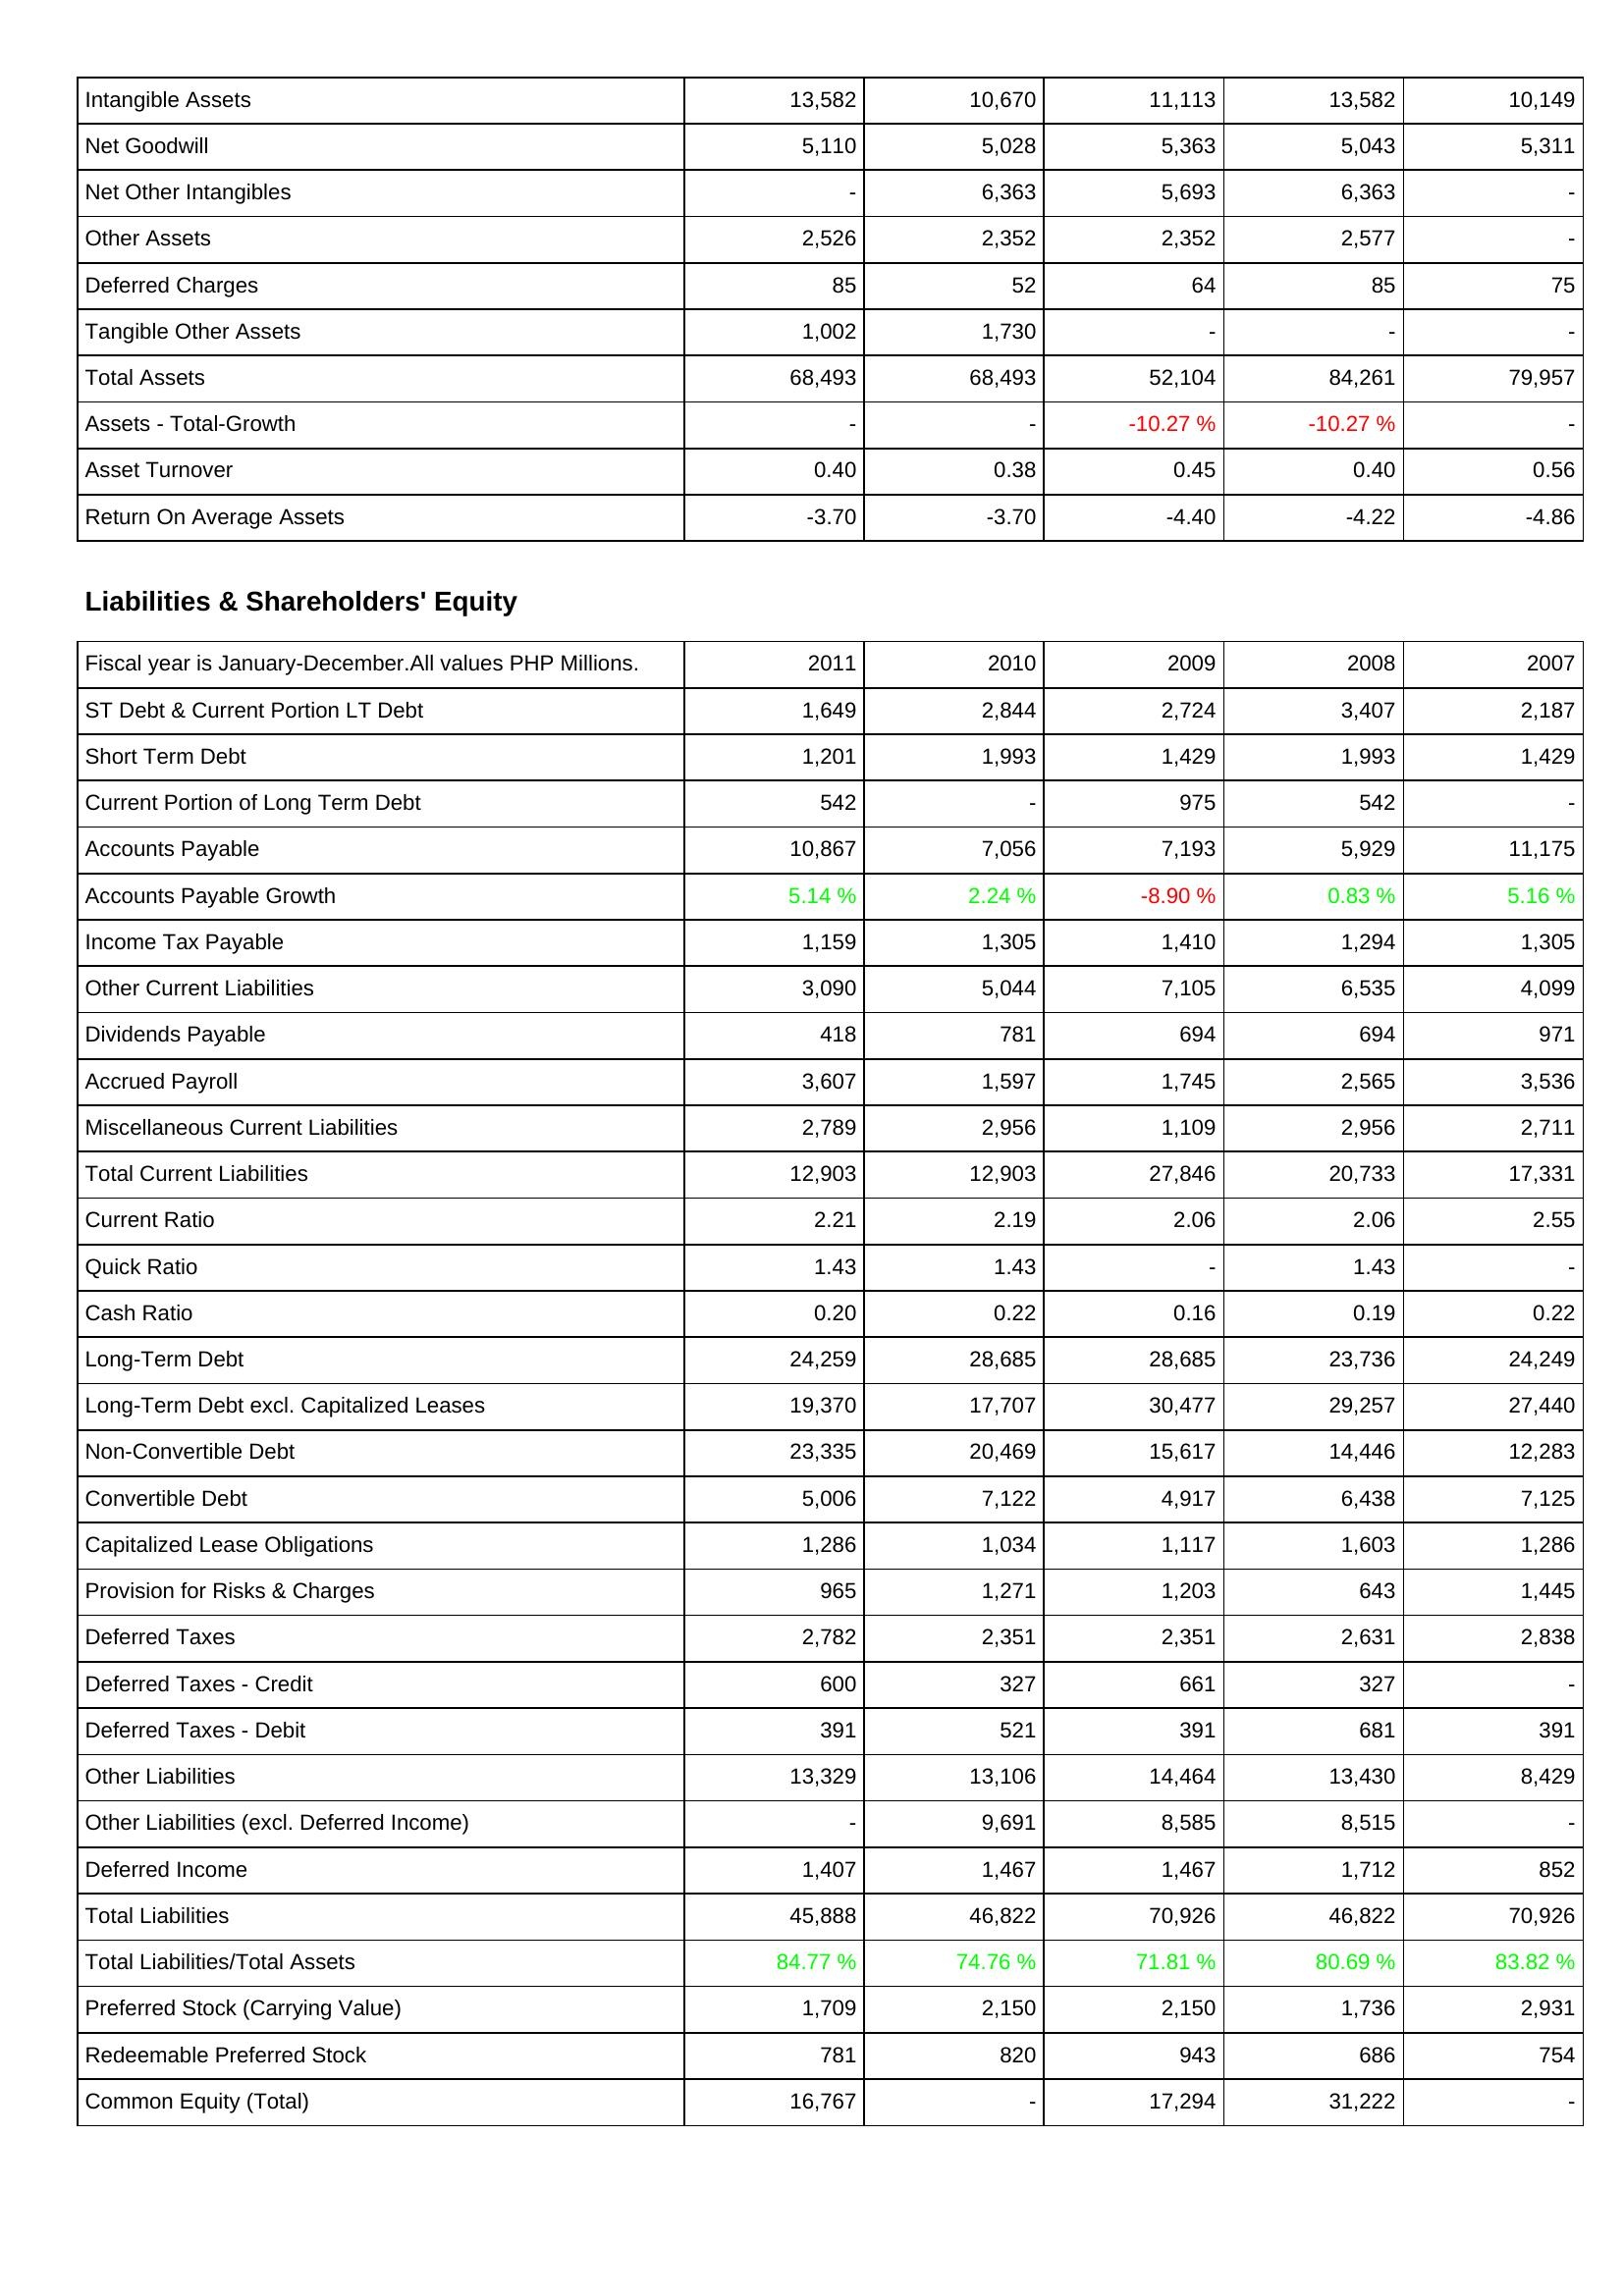
2011: Assets: Intangible Assets: 13,582
Net Goodwill: 5,110
Net Other Intangibles: -
Other Assets: 2,526
Deferred Charges: 85
Tangible Other Assets: 1,002
Total Assets: 68,493
Assets - Total-Growth: -
Asset Turnover: 0.40
Return On Average Assets: -3.70
Liabilities & Shareholders' Equity: ST Debt & Current Portion LT Debt: 1,649
Short Term Debt: 1,201
Current Portion of Long Term Debt: 542
Accounts Payable: 10,867
Accounts Payable Growth: 5.14 %
Income Tax Payable: 1,159
Other Current Liabilities: 3,090
Dividends Payable: 418
Accrued Payroll: 3,607
Miscellaneous Current Liabilities: 2,789
Total Current Liabilities: 12,903
Current Ratio: 2.21
Quick Ratio: 1.43
Cash Ratio: 0.20
Long-Term Debt: 24,259
Long-Term Debt excl. Capitalized Leases: 19,370
Non-Convertible Debt: 23,335
Convertible Debt: 5,006
Capitalized Lease Obligations: 1,286
Provision for Risks & Charges: 965
Deferred Taxes: 2,782
Deferred Taxes - Credit: 600
Deferred Taxes - Debit: 391
Other Liabilities: 13,329
Other Liabilities (excl. Deferred Income): -
Deferred Income: 1,407
Total Liabilities: 45,888
Total Liabilities/Total Assets: 84.77 %
Preferred Stock (Carrying Value): 1,709
Redeemable Preferred Stock: 781
Common Equity (Total): 16,767
2010: Assets: Intangible Assets: 10,670
Net Goodwill: 5,028
Net Other Intangibles: 6,363
Other Assets: 2,352
Deferred Charges: 52
Tangible Other Assets: 1,730
Total Assets: 68,493
Assets - Total-Growth: -
Asset Turnover: 0.38
Return On Average Assets: -3.70
Liabilities & Shareholders' Equity: ST Debt & Current Portion LT Debt: 2,844
Short Term Debt: 1,993
Current Portion of Long Term Debt: -
Accounts Payable: 7,056
Accounts Payable Growth: 2.24 %
Income Tax Payable: 1,305
Other Current Liabilities: 5,044
Dividends Payable: 781
Accrued Payroll: 1,597
Miscellaneous Current Liabilities: 2,956
Total Current Liabilities: 12,903
Current Ratio: 2.19
Quick Ratio: 1.43
Cash Ratio: 0.22
Long-Term Debt: 28,685
Long-Term Debt excl. Capitalized Leases: 17,707
Non-Convertible Debt: 20,469
Convertible Debt: 7,122
Capitalized Lease Obligations: 1,034
Provision for Risks & Charges: 1,271
Deferred Taxes: 2,351
Deferred Taxes - Credit: 327
Deferred Taxes - Debit: 521
Other Liabilities: 13,106
Other Liabilities (excl. Deferred Income): 9,691
Deferred Income: 1,467
Total Liabilities: 46,822
Total Liabilities/Total Assets: 74.76 %
Preferred Stock (Carrying Value): 2,150
Redeemable Preferred Stock: 820
Common Equity (Total): -
2009: Assets: Intangible Assets: 11,113
Net Goodwill: 5,363
Net Other Intangibles: 5,693
Other Assets: 2,352
Deferred Charges: 64
Tangible Other Assets: -
Total Assets: 52,104
Assets - Total-Growth: -10.27 %
Asset Turnover: 0.45
Return On Average Assets: -4.40
Liabilities & Shareholders' Equity: ST Debt & Current Portion LT Debt: 2,724
Short Term Debt: 1,429
Current Portion of Long Term Debt: 975
Accounts Payable: 7,193
Accounts Payable Growth: -8.90 %
Income Tax Payable: 1,410
Other Current Liabilities: 7,105
Dividends Payable: 694
Accrued Payroll: 1,745
Miscellaneous Current Liabilities: 1,109
Total Current Liabilities: 27,846
Current Ratio: 2.06
Quick Ratio: -
Cash Ratio: 0.16
Long-Term Debt: 28,685
Long-Term Debt excl. Capitalized Leases: 30,477
Non-Convertible Debt: 15,617
Convertible Debt: 4,917
Capitalized Lease Obligations: 1,117
Provision for Risks & Charges: 1,203
Deferred Taxes: 2,351
Deferred Taxes - Credit: 661
Deferred Taxes - Debit: 391
Other Liabilities: 14,464
Other Liabilities (excl. Deferred Income): 8,585
Deferred Income: 1,467
Total Liabilities: 70,926
Total Liabilities/Total Assets: 71.81 %
Preferred Stock (Carrying Value): 2,150
Redeemable Preferred Stock: 943
Common Equity (Total): 17,294
2008: Assets: Intangible Assets: 13,582
Net Goodwill: 5,043
Net Other Intangibles: 6,363
Other Assets: 2,577
Deferred Charges: 85
Tangible Other Assets: -
Total Assets: 84,261
Assets - Total-Growth: -10.27 %
Asset Turnover: 0.40
Return On Average Assets: -4.22
Liabilities & Shareholders' Equity: ST Debt & Current Portion LT Debt: 3,407
Short Term Debt: 1,993
Current Portion of Long Term Debt: 542
Accounts Payable: 5,929
Accounts Payable Growth: 0.83 %
Income Tax Payable: 1,294
Other Current Liabilities: 6,535
Dividends Payable: 694
Accrued Payroll: 2,565
Miscellaneous Current Liabilities: 2,956
Total Current Liabilities: 20,733
Current Ratio: 2.06
Quick Ratio: 1.43
Cash Ratio: 0.19
Long-Term Debt: 23,736
Long-Term Debt excl. Capitalized Leases: 29,257
Non-Convertible Debt: 14,446
Convertible Debt: 6,438
Capitalized Lease Obligations: 1,603
Provision for Risks & Charges: 643
Deferred Taxes: 2,631
Deferred Taxes - Credit: 327
Deferred Taxes - Debit: 681
Other Liabilities: 13,430
Other Liabilities (excl. Deferred Income): 8,515
Deferred Income: 1,712
Total Liabilities: 46,822
Total Liabilities/Total Assets: 80.69 %
Preferred Stock (Carrying Value): 1,736
Redeemable Preferred Stock: 686
Common Equity (Total): 31,222
2007: Assets: Intangible Assets: 10,149
Net Goodwill: 5,311
Net Other Intangibles: -
Other Assets: -
Deferred Charges: 75
Tangible Other Assets: -
Total Assets: 79,957
Assets - Total-Growth: -
Asset Turnover: 0.56
Return On Average Assets: -4.86
Liabilities & Shareholders' Equity: ST Debt & Current Portion LT Debt: 2,187
Short Term Debt: 1,429
Current Portion of Long Term Debt: -
Accounts Payable: 11,175
Accounts Payable Growth: 5.16 %
Income Tax Payable: 1,305
Other Current Liabilities: 4,099
Dividends Payable: 971
Accrued Payroll: 3,536
Miscellaneous Current Liabilities: 2,711
Total Current Liabilities: 17,331
Current Ratio: 2.55
Quick Ratio: -
Cash Ratio: 0.22
Long-Term Debt: 24,249
Long-Term Debt excl. Capitalized Leases: 27,440
Non-Convertible Debt: 12,283
Convertible Debt: 7,125
Capitalized Lease Obligations: 1,286
Provision for Risks & Charges: 1,445
Deferred Taxes: 2,838
Deferred Taxes - Credit: -
Deferred Taxes - Debit: 391
Other Liabilities: 8,429
Other Liabilities (excl. Deferred Income): -
Deferred Income: 852
Total Liabilities: 70,926
Total Liabilities/Total Assets: 83.82 %
Preferred Stock (Carrying Value): 2,931
Redeemable Preferred Stock: 754
Common Equity (Total): -